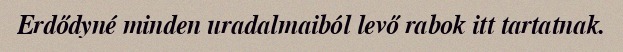
Erdődyné minden uradalmaiból levő rabok itt tartatnak.